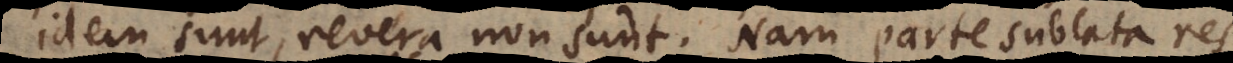
idem sunt, revera non sunt. Nam parte sublata res